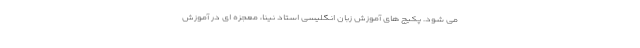
می شود. پکیج های آموزش زبان انگلیسی استاد نینا، معجزه ای در آموزش